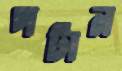
পটান